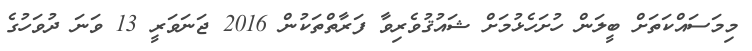
މިމަސައްކަތަށް ބީލަން ހުށަހެޅުމަށް ޝައުޤުވެރިވާ ފަރާތްތަކުން 2016 ޖަނަވަރީ 13 ވަނަ ދުވަހުގެ